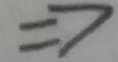
\Rightarrow